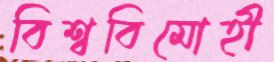
বিশ্ববিমোহী